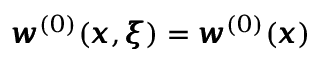
{ \pmb w } ^ { ( 0 ) } ( { \pmb x } , { \pmb \xi } ) = { \pmb w } ^ { ( 0 ) } ( { \pmb x } )